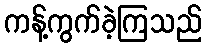
ကန့်ကွက်ခဲ့ကြသည်